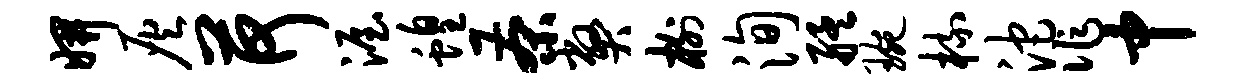
妍灰荷渥蝗茶弊榭洵艋琬梳沱作中